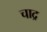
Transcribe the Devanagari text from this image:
चाद्र